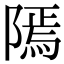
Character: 𨻳